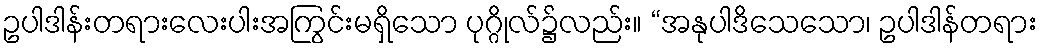
ဥပါဒါန်းတရားလေးပါးအကြွင်းမရှိသော ပုဂ္ဂိုလ်၌လည်း။ “အနုပါဒိသေသော၊ ဥပါဒါန်တရား